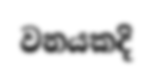
වනයකදි